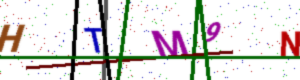
Text: HTM9N